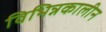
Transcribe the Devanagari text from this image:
विभिन्नकालीन